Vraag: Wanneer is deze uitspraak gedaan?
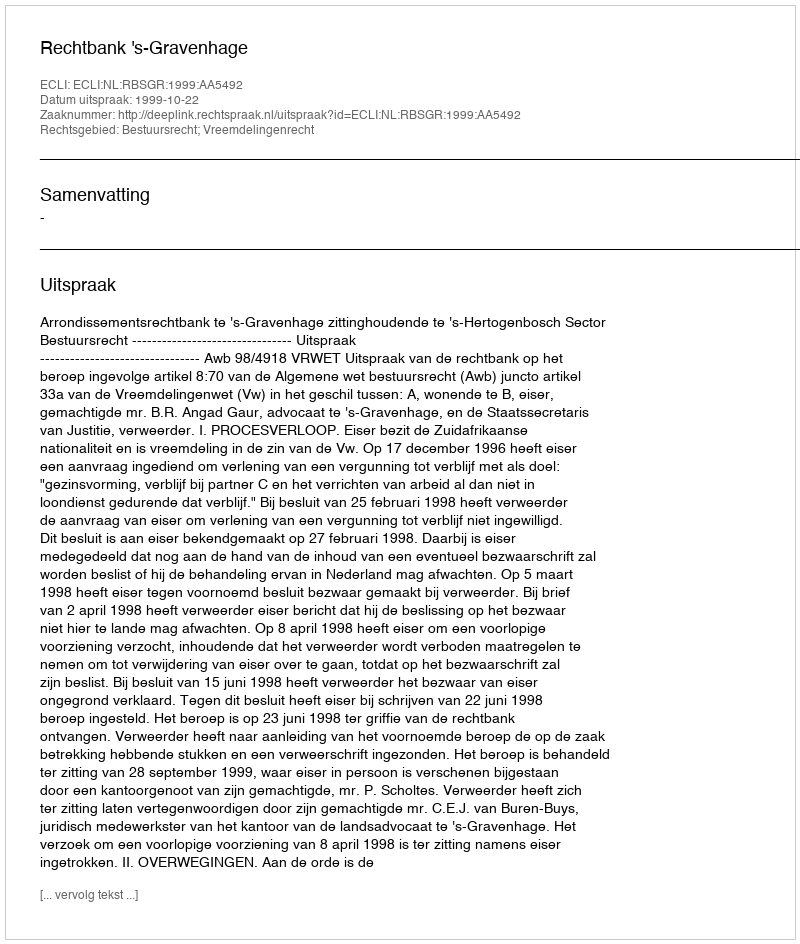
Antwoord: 1999-10-22